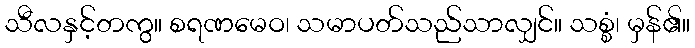
သီလနှင့်တကွ။ စရဏမေဝ၊ သမာပတ်သည်သာလျှင်။ သစ္စံ၊ မှန်၏။